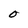
Character: O